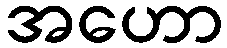
အဟော